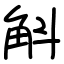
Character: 斛